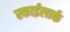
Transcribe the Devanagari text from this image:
स्काईलार्क